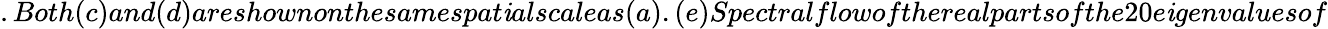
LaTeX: .Both(c)and(d)areshownonthesamespat\mathit{i}alscaleas(a).(e)Spectralflowoftherealpartsofthe20e\mathit{i}genvaluesof